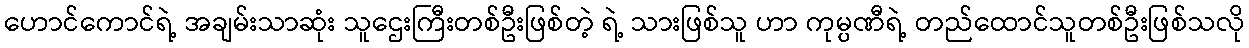
ဟောင်ကောင်ရဲ့ အချမ်းသာဆုံး သူဌေးကြီးတစ်ဦးဖြစ်တဲ့ ရဲ့ သားဖြစ်သူ ဟာ ကုမ္ပဏီရဲ့ တည်ထောင်သူတစ်ဦးဖြစ်သလို